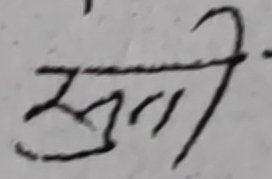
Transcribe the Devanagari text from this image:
सुती